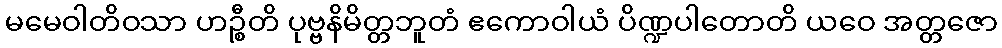
မမေဝါတိဝသာ ဟဉ္စီတိ ပုဗ္ဗနိမိတ္တဘူတံ ဧကောဝါယံ ပိဏ္ဍပါတောတိ ယဝေ အတ္တဇော